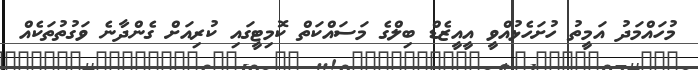
މުހައްމަދު އަމީތު ހުށަހެޅުއްވީ އީއީޒެޑް ބިލްގެ މަސައްކަތް ކޮމިޓީގައި ކުރިއަށް ގެންދާނެ ވަގުތުތަކެއް